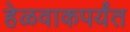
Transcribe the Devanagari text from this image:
हेळवाकपर्यंत